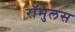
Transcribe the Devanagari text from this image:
रॉमुलस